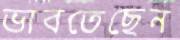
ভাবতেছেন